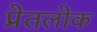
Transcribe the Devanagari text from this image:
प्रेतलोक